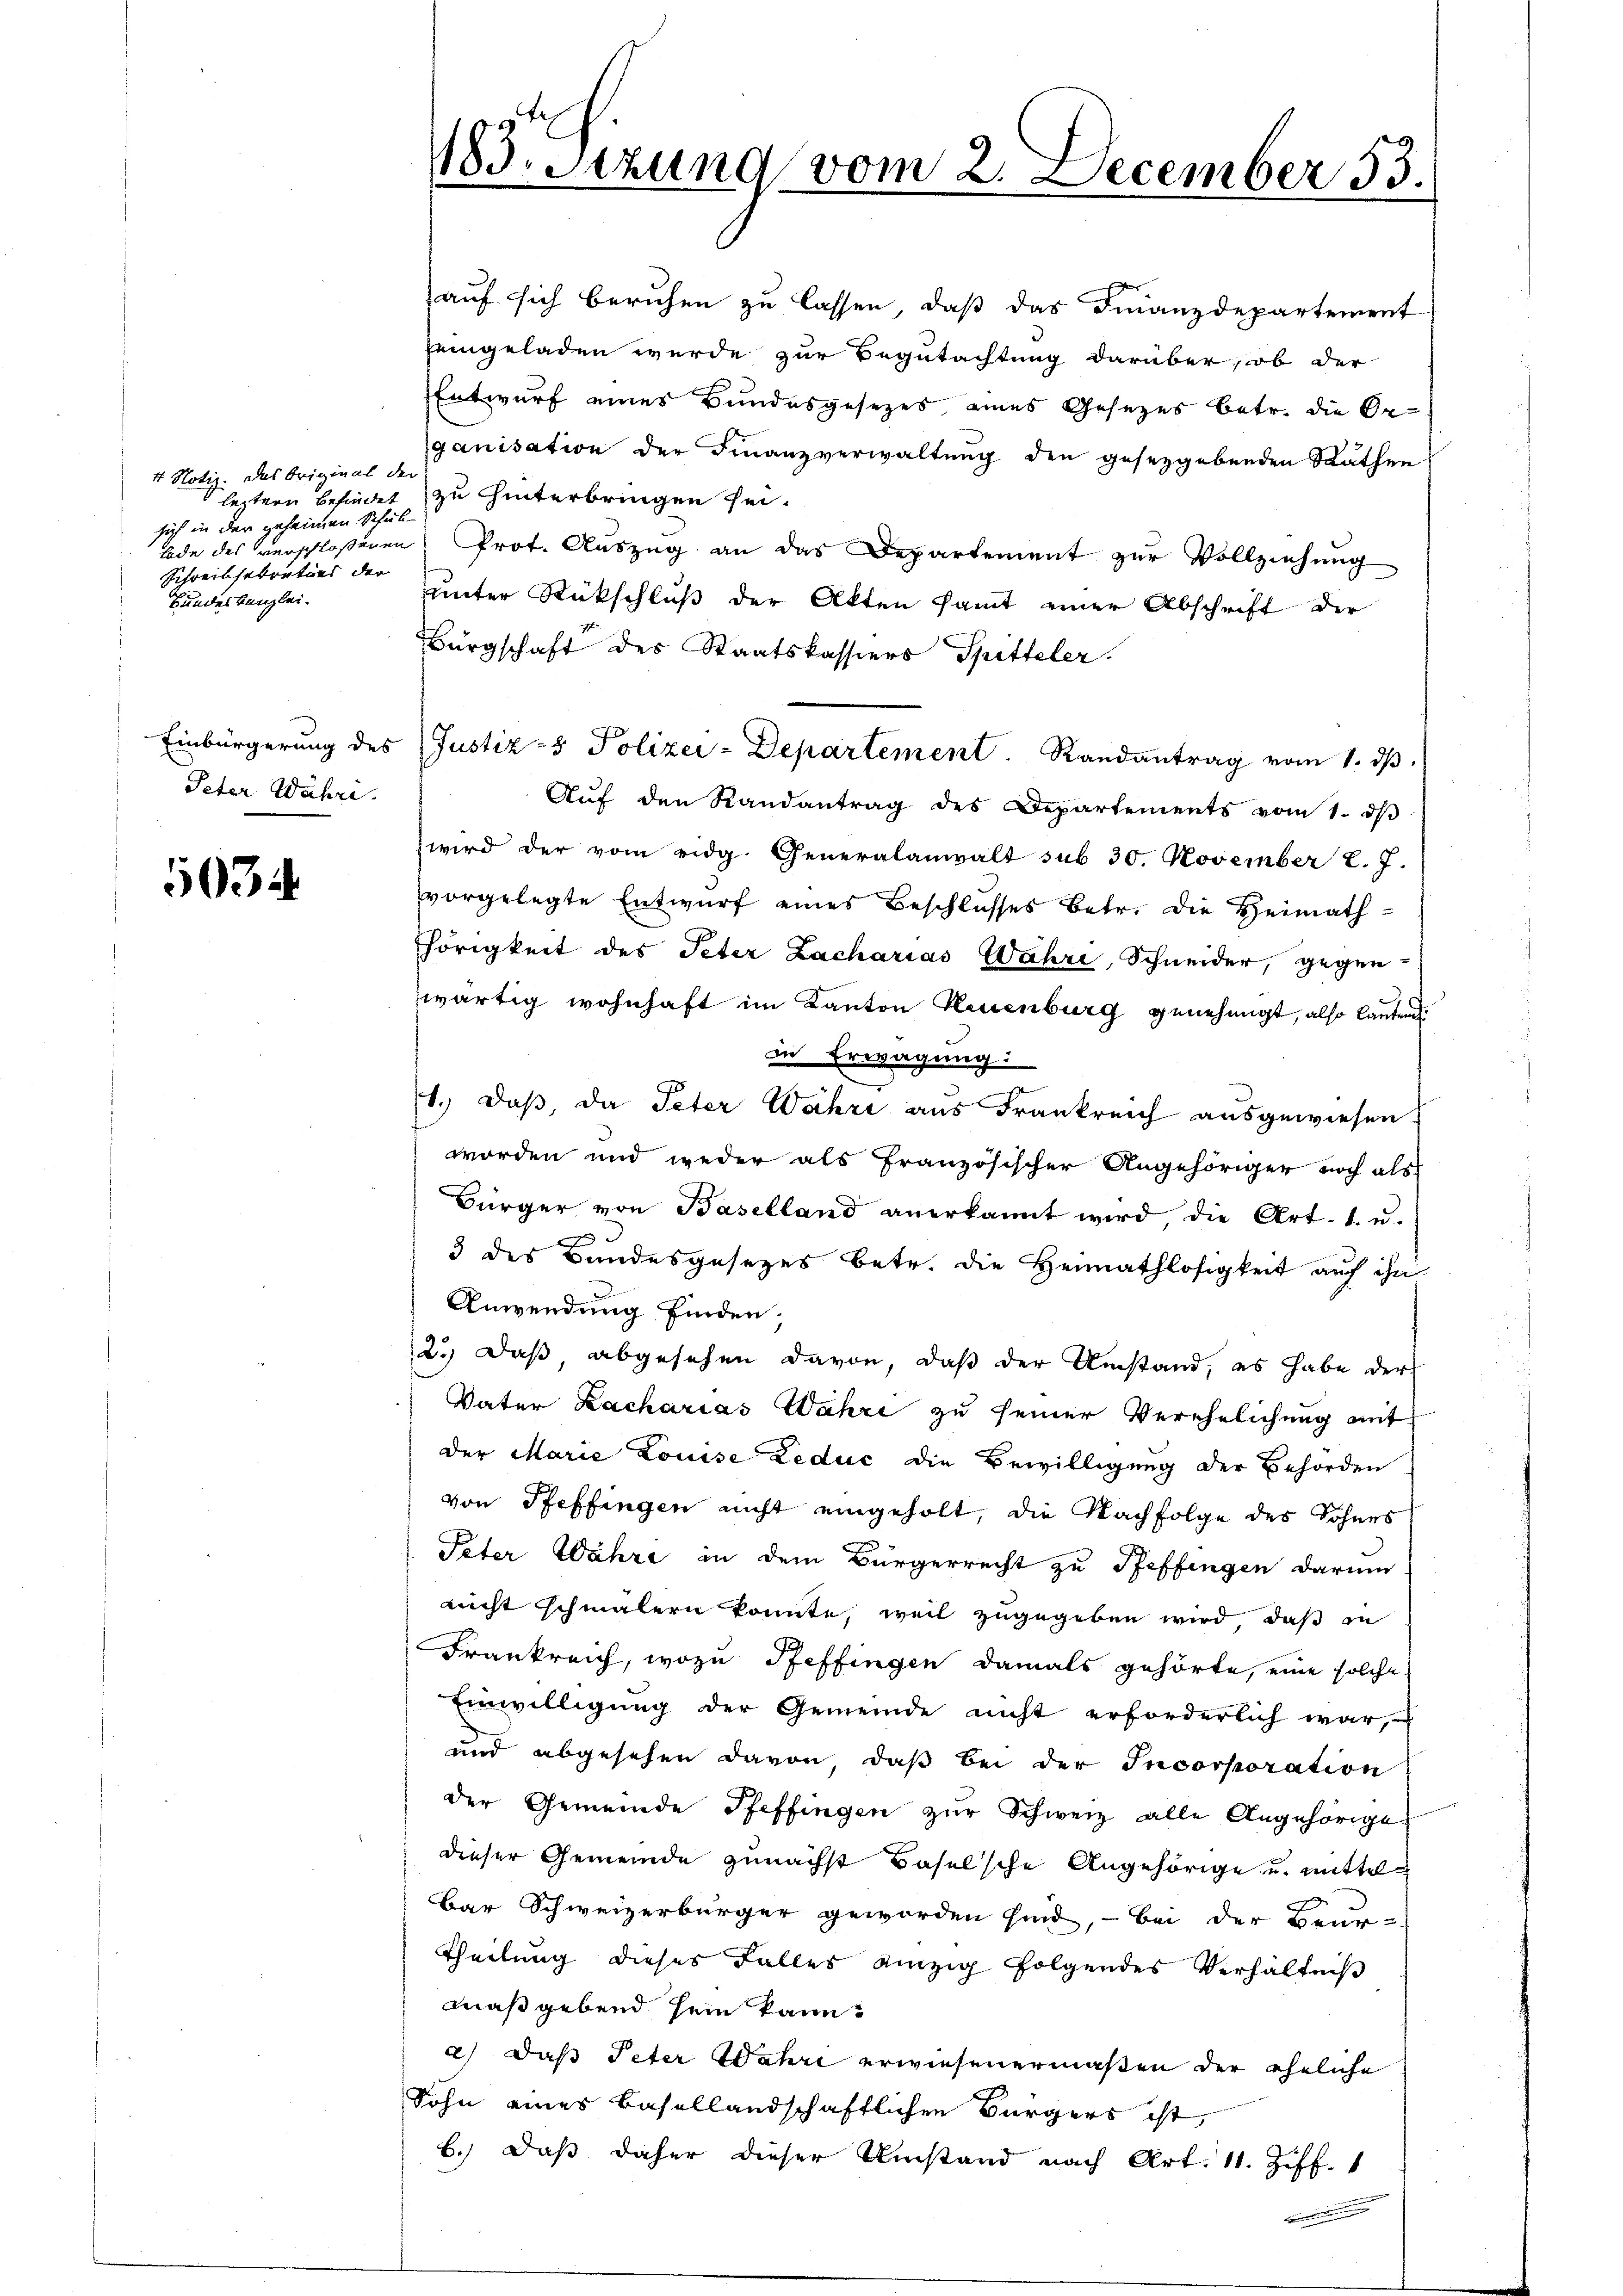
4 Notiz. Das Original der
sich in der geheimen Schul
Schreibsebrators der
Bundeskanzlei.

Peter Währe.

5034

auf sich beruhen zu lassen, daß das Finanzdepartement
jeingeladen wurde zur Begutachtung darüber, ob der
Entwurf eines Bundesgesetzes eines Gesezes betr. die Or-
ganisation der Finanzverwaltung den gesetzgebenden Rathen
leztern befindet zu hinterbringen sei.
Tode des verschloßenen Prot. Auszug an das Departement zur Vollziehung
unter Rückschluß der Akten samt einer Abschrift der
Bürgschaft des Staatskassiers Spitteler.
2
Einbürgerung des Justiz- & Polizei-Departement. Randantrag vom 1. dβ.
Aŭf den Randantrag des Departements vom 1. dβ
wird der vom eidg. Generalanwalt sub 30. November L. 7.
vorgelegte Entwurf eines Beschlusses Betr. die Heimathhörigkeit des Peter Lacharias Wahri, Schneider, gegenwärtig wohnhaft im Kanton Neuenburg genehmigt, also lanten
in Erwägung:
1.) Daß, da Peter Wahre aus Frankreich ausgewiesen.
worden und weder als französischer Angehöriger noch als
Bürger von Baselland anerkannt wird die Art. 1. u.
3 des Bandesgesezes betr. die Heimathlosigkeit auf ihn
Anwendung finden,
2.) Daß, abgesehen davon, daß der Umstand, es habe der
Vater Kacharias Wahri zu seiner Verehelichung mit
der Marie Louise Leduc die Bewilligung der Behörden
von Pfeffingen nicht eingeholt, die Nachfolge des Sohnes
Peter Währe in dem Bürgerrecht zu Pfeffingen darum
nicht schmälern konnte, weil zugegeben wird, daß in
Frankreich, wozu Steffingen damals gehörte, eine solche
Einwilligung der Gemeinde nicht erforderlich war,
und abgesehen davon, daß bei der Incorporation
der Gemeinde Pfeffingen zŭr Schweiz alle Angehörige
dieser Gemeinde zunächst Baselsche Angehörige u. mittel
bar Schweizerbürger geworden sind, – bei der Beur-
Theilung dieses Falles einzig folgendes Verhältniß
Maß gebend sein kann?
2.) Daß Peter Wahri erwiesenermaßen der eheliche
Sohn eines Basellandschaftlichen Bürgers ist,
b.) Daß daher dieser Umstand nach Art. 11. Ziff. 1

183. Sitzung vom 2. December 53.